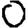
Digit: 0